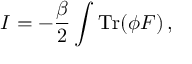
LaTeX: I = - \frac { \beta } { 2 } \int { \mathrm { T r } } ( \phi F ) \, ,